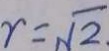
r = \sqrt { 2 }